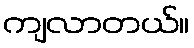
ကျလာတယ်။